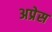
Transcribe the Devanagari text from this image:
अप्रेस